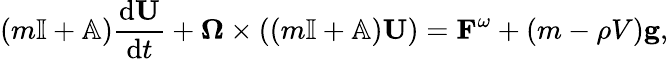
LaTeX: (m\mathbb{I}+\mathbb{A})\frac{\mathrm{d}\mathbf{U}}{\mathrm{d}t}+\boldsymbol{\Omega}\times((m\mathbb{I}+\mathbb{A})\mathbf{U})=\mathbf{F}^{\omega}+(m-\rho V)\mathbf{g},